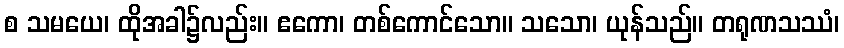
စ သမယေ၊ ထိုအခါ၌လည်း။ ဧကော၊ တစ်ကောင်သော။ သသော၊ ယုန်သည်။ တရုဏသဿံ၊